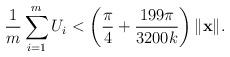
LaTeX: \begin{align*}\frac{1}{m}\sum_{i=1}^m U_i < \left(\frac{\pi}{4}+\frac{199\pi}{3200k}\right)\|\mathbf{x}\| .\end{align*}